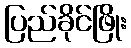
ပြည်ခိုင်ဖြိုး